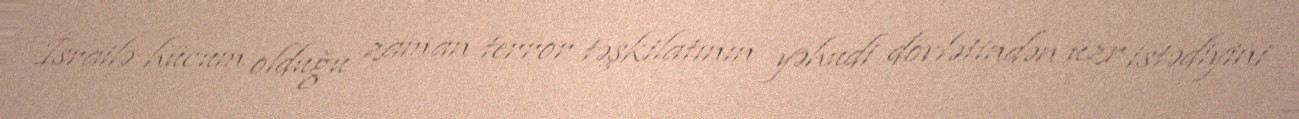
İsrailə hücum olduğu zaman terror təşkilatının yəhudi dövlətindən üzr istədiyini